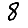
Digit: 8